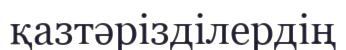
қазтәрізділердің